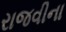
રાજવીના